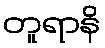
တူရာနိ